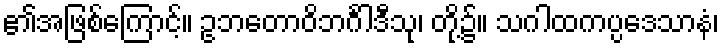
၏အဖြစ်ကြောင့်။ ဥဘတောဝိဘင်္ဂါဒီသု၊ တို့၌။ သဂါထကပ္ပဒေသာနံ၊